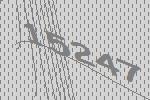
15247